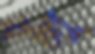
বলু